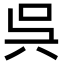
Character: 呉